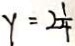
y = 2 \frac { 1 } { 4 }